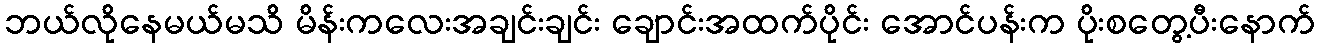
ဘယ်လိုနေမယ်မသိ မိန်းကလေးအချင်းချင်း ချောင်းအထက်ပိုင်း အောင်ပန်းက ပိုးစတွေ့ပီးနောက်